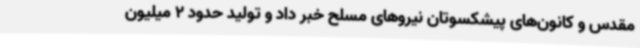
مقدس و کانون‌های پیشکسوتان نیروهای مسلح خبر داد و تولید حدود 2 میلیون